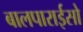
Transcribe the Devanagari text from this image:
बालपाराईसो